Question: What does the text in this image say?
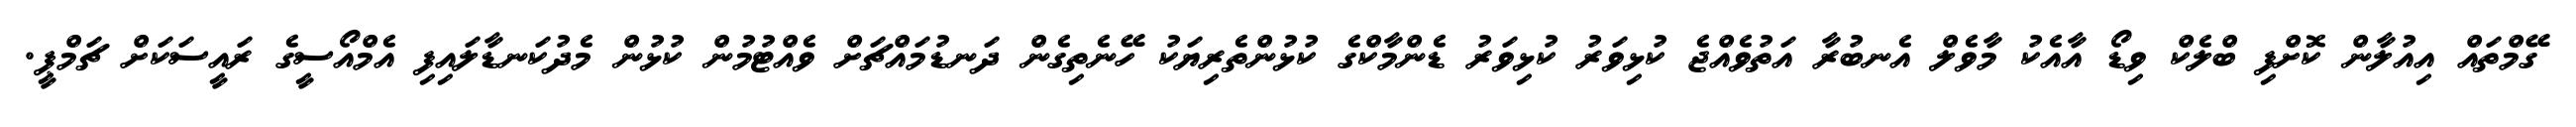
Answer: ގޭމްތައް އިއުލާން ކޮށްފި ބްލެކް ވިޑޯ އާއެކު މާވެލް އެނބުރާ އަތުވެއްޖެ ކުޅިވަރު ކުޅިވަރު ޑެންމާކްގެ ކުޅުންތެރިޔަކު ހޭނެތިގެން ދަނޑުމައްޗަށް ވެއްޓުމުން ކުޅުން މެދުކަނޑާލައިފި އެމްއޯސީގެ ރައީސަކަށް ޗަމްޕީ.